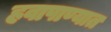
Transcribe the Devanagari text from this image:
हवापाण्यात